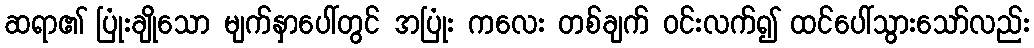
ဆရာ၏ ပြုံးချိုသော မျက်နှာပေါ်တွင် အပြုံး ကလေး တစ်ချက် ဝင်းလက်၍ ထင်ပေါ်သွားသော်လည်း